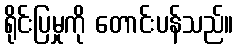
ရိုင်းပြမှုကို တောင်းပန်သည်။